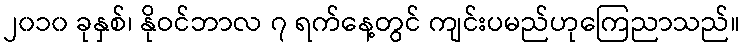
၂၀၁၀ ခုနှစ်၊ နိုဝင်ဘာလ ၇ ရက်နေ့တွင် ကျင်းပမည်ဟုကြေညာသည်။